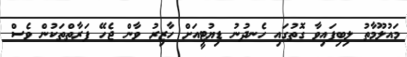
މައުލޫމާތު ލިބިފައިވާ ގޮތުގައި ހެނދުނު ޑިޔުޓީއަށް ހާޒިރު ވާން ޖެހޭ ފަރާތްތަކުން ވެސް